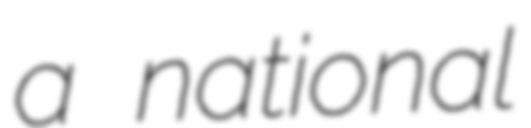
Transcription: a national